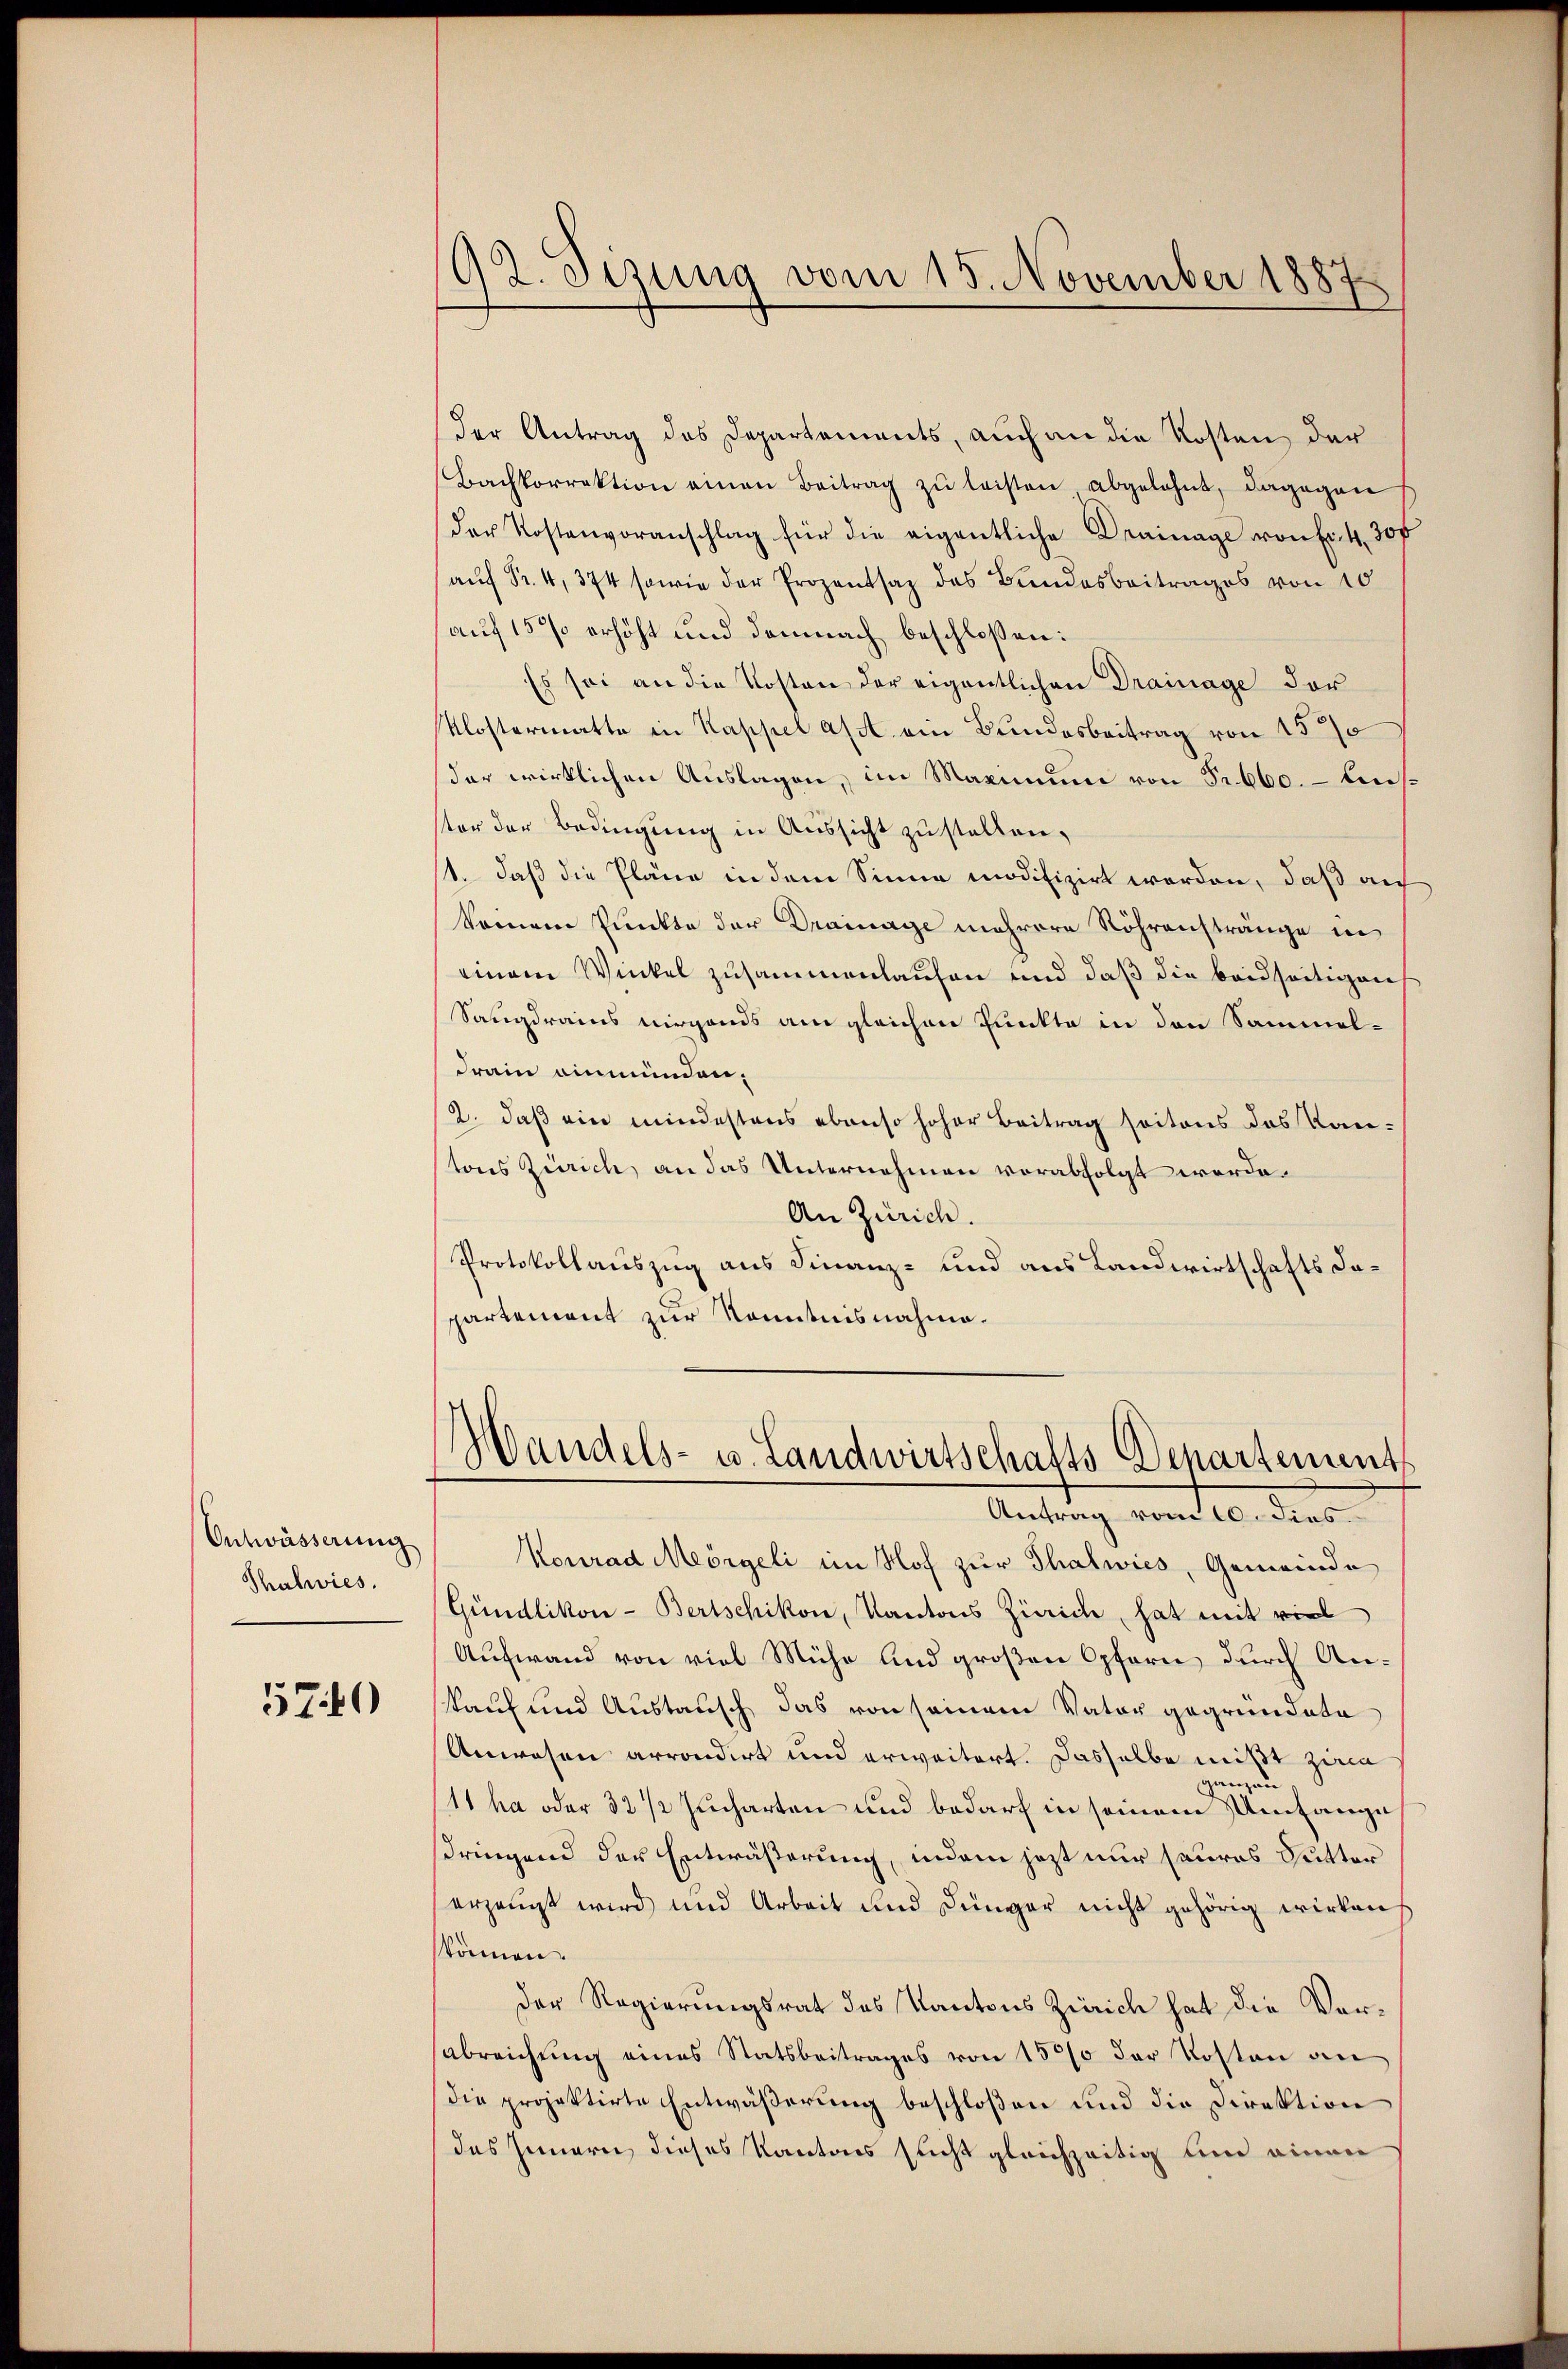
Entwässerung
Thalwies.

570

¬
Gr. Otzung vom 15. November 1887

der Antrag des Departements, auch an die Kosten der
Bachkorrektion einen Beitrag zŭ leisten abgelehnt, dagegen
der Kostenvoranschlag für die eigentliche Drainage von Fr. 4. 30f
 Fr. 374 sowie der Prozentsaz des Bundesbeitrages von 10
auf 15 % erhöht und demnach beschlossen:
Es sei an die Kosten der eigentlichen Drainage der
Klostermatte in Kappel asst ein Bundesbeitrag von 150
der wirklichen Auslagen, im Maximum von Fr. 660. - Auster der Bedingung in Aussicht zu stellen,
1. daß die Pläne in dem Sinne modifizirt worden, daß auf
komnem Punkte der Drainage mehrere Röhrenstränge in
einem Winkel zusammenlaufen und daß die beidseitigen
Sangdrains nirgends am gleichen Punkte in den Sammel-
Frain einmünden,
2. daß ein mindestens ebenso hoher Beitrag soitons das Kantons Zürich, an das Unternehmen vorabfolgt werde.
An Zürich.
Protokollauszug aus Finanz- und aus Landwirtschafts dapartement zur Kenntnisnahme.
Handels- u. Landwirtschafts-Departement
Antrag vom 10. dies
Konrad Meörgeli im Hof zur Thalwies, Gemeinde
Gündlikon - Bertschikon, Kantons Zürich, hat mit viel
Aufwand von viel Mühe und großen Opfern durch Ankauf und Austausch das von seinem Vater gegründete
Anwesen arrondirt und erweitert. Dasselbe mißt zuma
ganzen
(11 ha oder 32 1/2 Jucharten und bedarf in seinem Umfange
sdringend der Entwässerung, indem jetzt nur saures Sutter
erzeugt wird und Arbeit und Dünger nicht gehörig wirken
können.
der Regierungsrat des Kantons Zürich hat die Verabreichung eines Statsbeitrages von 1570 der Kosten an
die projektirte Entwäßerung beschloßen und die Direktion
des Innern dieses Kantons sucht gleichzeitig und einen